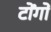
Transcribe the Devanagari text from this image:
टोंगों